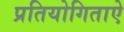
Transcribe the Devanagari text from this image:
प्रतियोगिताऐ